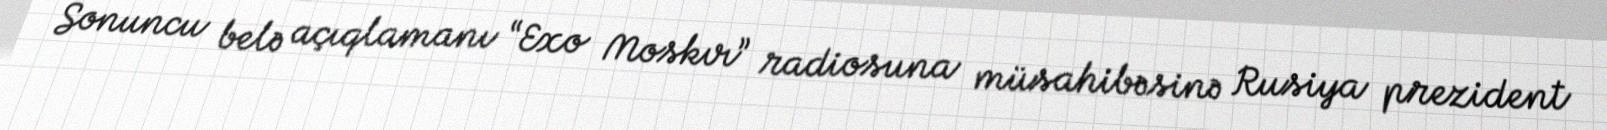
Sonuncu belə açıqlamanı “Exo Moskvı” radiosuna müsahibəsinə Rusiya prezident